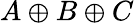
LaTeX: A\oplus B\oplus C